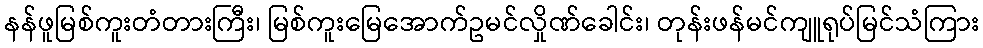
နန်ဖူမြစ်ကူးတံတားကြီး၊ မြစ်ကူးမြေအောက်ဥမင်လှိုဏ်ခေါင်း၊ တုန်းဖန်မင်ကျူရုပ်မြင်သံကြား